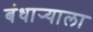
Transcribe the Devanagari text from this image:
बंधार्‍याला